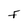
Character: F